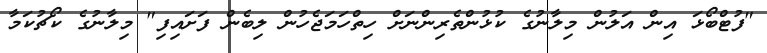
"ފުޓްބޯޅަ އިން އަލުން މިލާނުގެ ކުޅުންތެރިންނަށް ހިތްހަމަޖެހުން ލިބެން ފަށައިފި" މިލާނުގެ ކޯޗުކަމާ